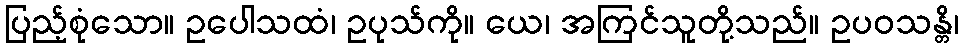
ပြည့်စုံသော။ ဥပေါသထံ၊ ဥပုသ်ကို။ ယေ၊ အကြင်သူတို့သည်။ ဥပဝသန္တိ၊